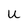
Character: u